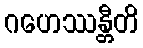
ဂဟေဿန္တီတိ